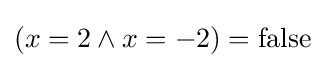
(x=2\land x=-2)={\text{false}}